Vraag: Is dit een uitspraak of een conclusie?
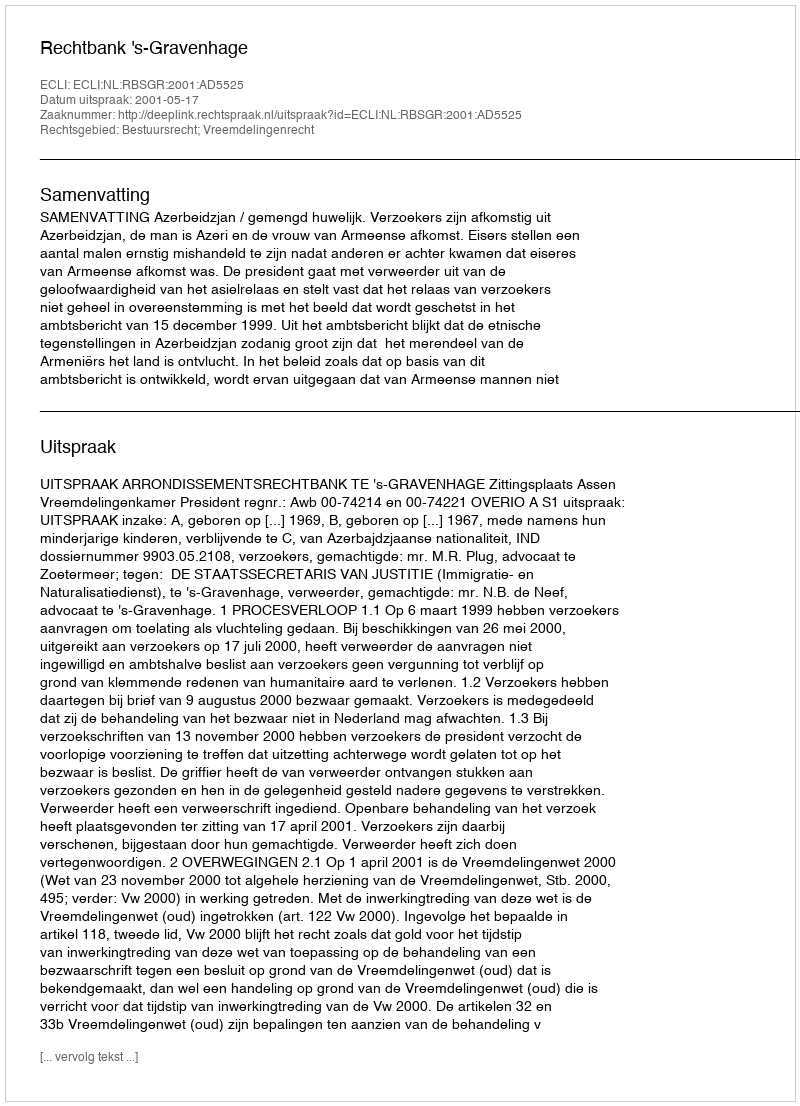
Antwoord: Uitspraak